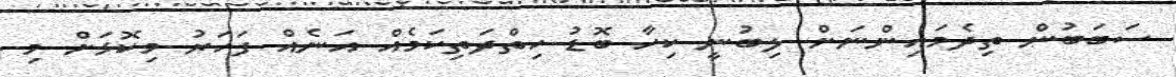
ސަބަބުން ތިދެމައިންނަށް ލިބުނީ ކިހާ ބޮޑު ހިތްދަތިކަމެއް އަނެއް ފަހަރު މިކޮޅަށް މި